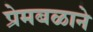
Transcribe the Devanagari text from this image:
प्रेमबळाने